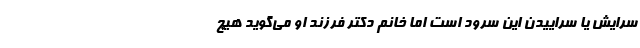
سُرایش یا سَراییدن این سرود است اما خانم دکتر فرزند او می‌گوید هیچ